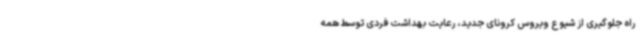
راه جلوگیری از شیوع ویروس کرونای جدید، رعایت بهداشت فردی توسط همه